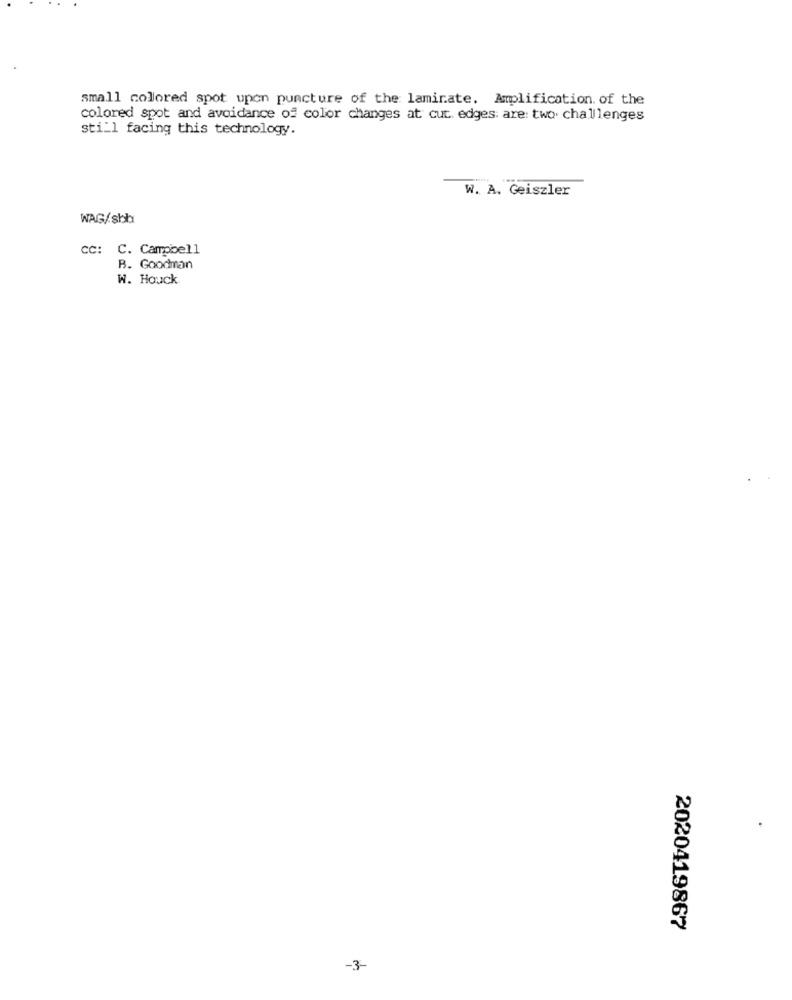
small colored spot upon puncture of the laminate. Amplification. of the
colored spot and avoidance of color changes at cut edges: are: two. challenges
still facing this technology.
W. A. Geiszler
WAG/sbh
CC: C. Campbell
B. Goodman
W. Houck
2020419867
-3-